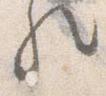
歟